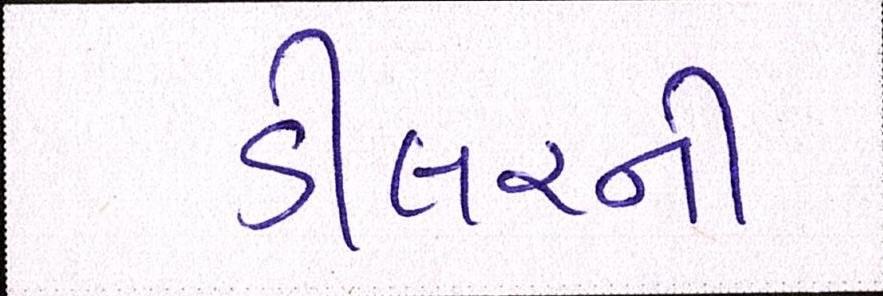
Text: ડીલરની